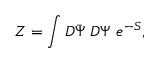
Z = \int D \bar { \Psi } ~ D \Psi ~ e ^ { - S } ,